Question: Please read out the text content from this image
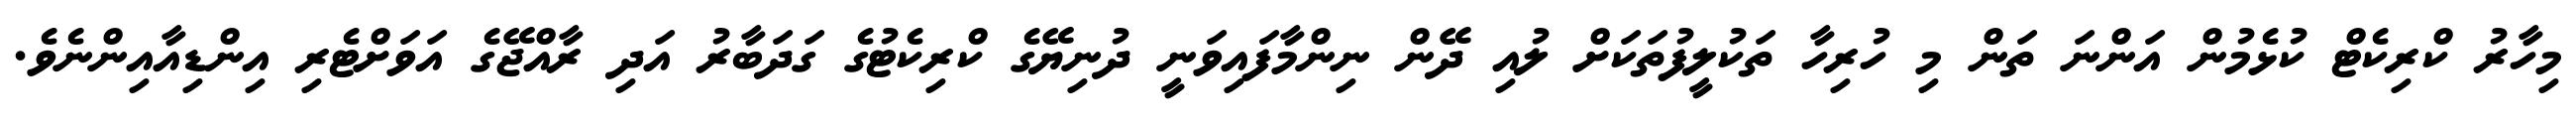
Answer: މިހާރު ކްރިކެޓް ކުޅެމުން އަންނަ ތަން މި ހުރިހާ ތަކުލީފުތަކަށް ލުއި ދޭން ނިންމާފައިވަނީ ދުނިޔޭގެ ކްރިކެޓުގެ ގަދަބާރު އަދި ރާއްޖޭގެ އަވަށްޓެރި އިންޑިއާއިންނެވެ.